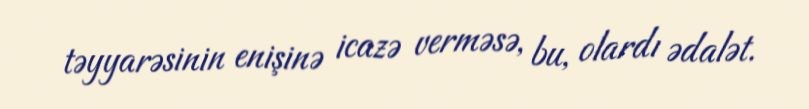
təyyarəsinin enişinə icazə verməsə, bu, olardı ədalət.